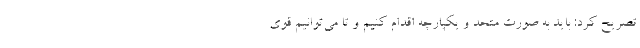
تصریح کرد: باید به صورت متحد و یکپارچه اقدام کنیم و تا می‌توانیم قوی